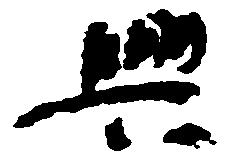
興